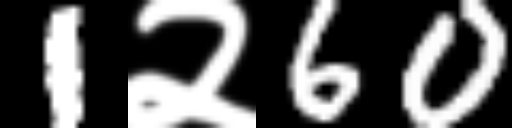
Text: 1२60